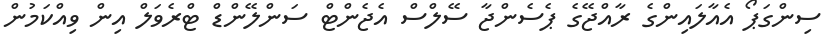
ސިންގަޕޯ އެއާލައިންގެ ރާއްޖޭގެ ޕެސެންޖާ ސޭލްސް އެޖެންޓް ސަންލޭންޑް ޓްރެވަލް އިން ވިއްކަމުން